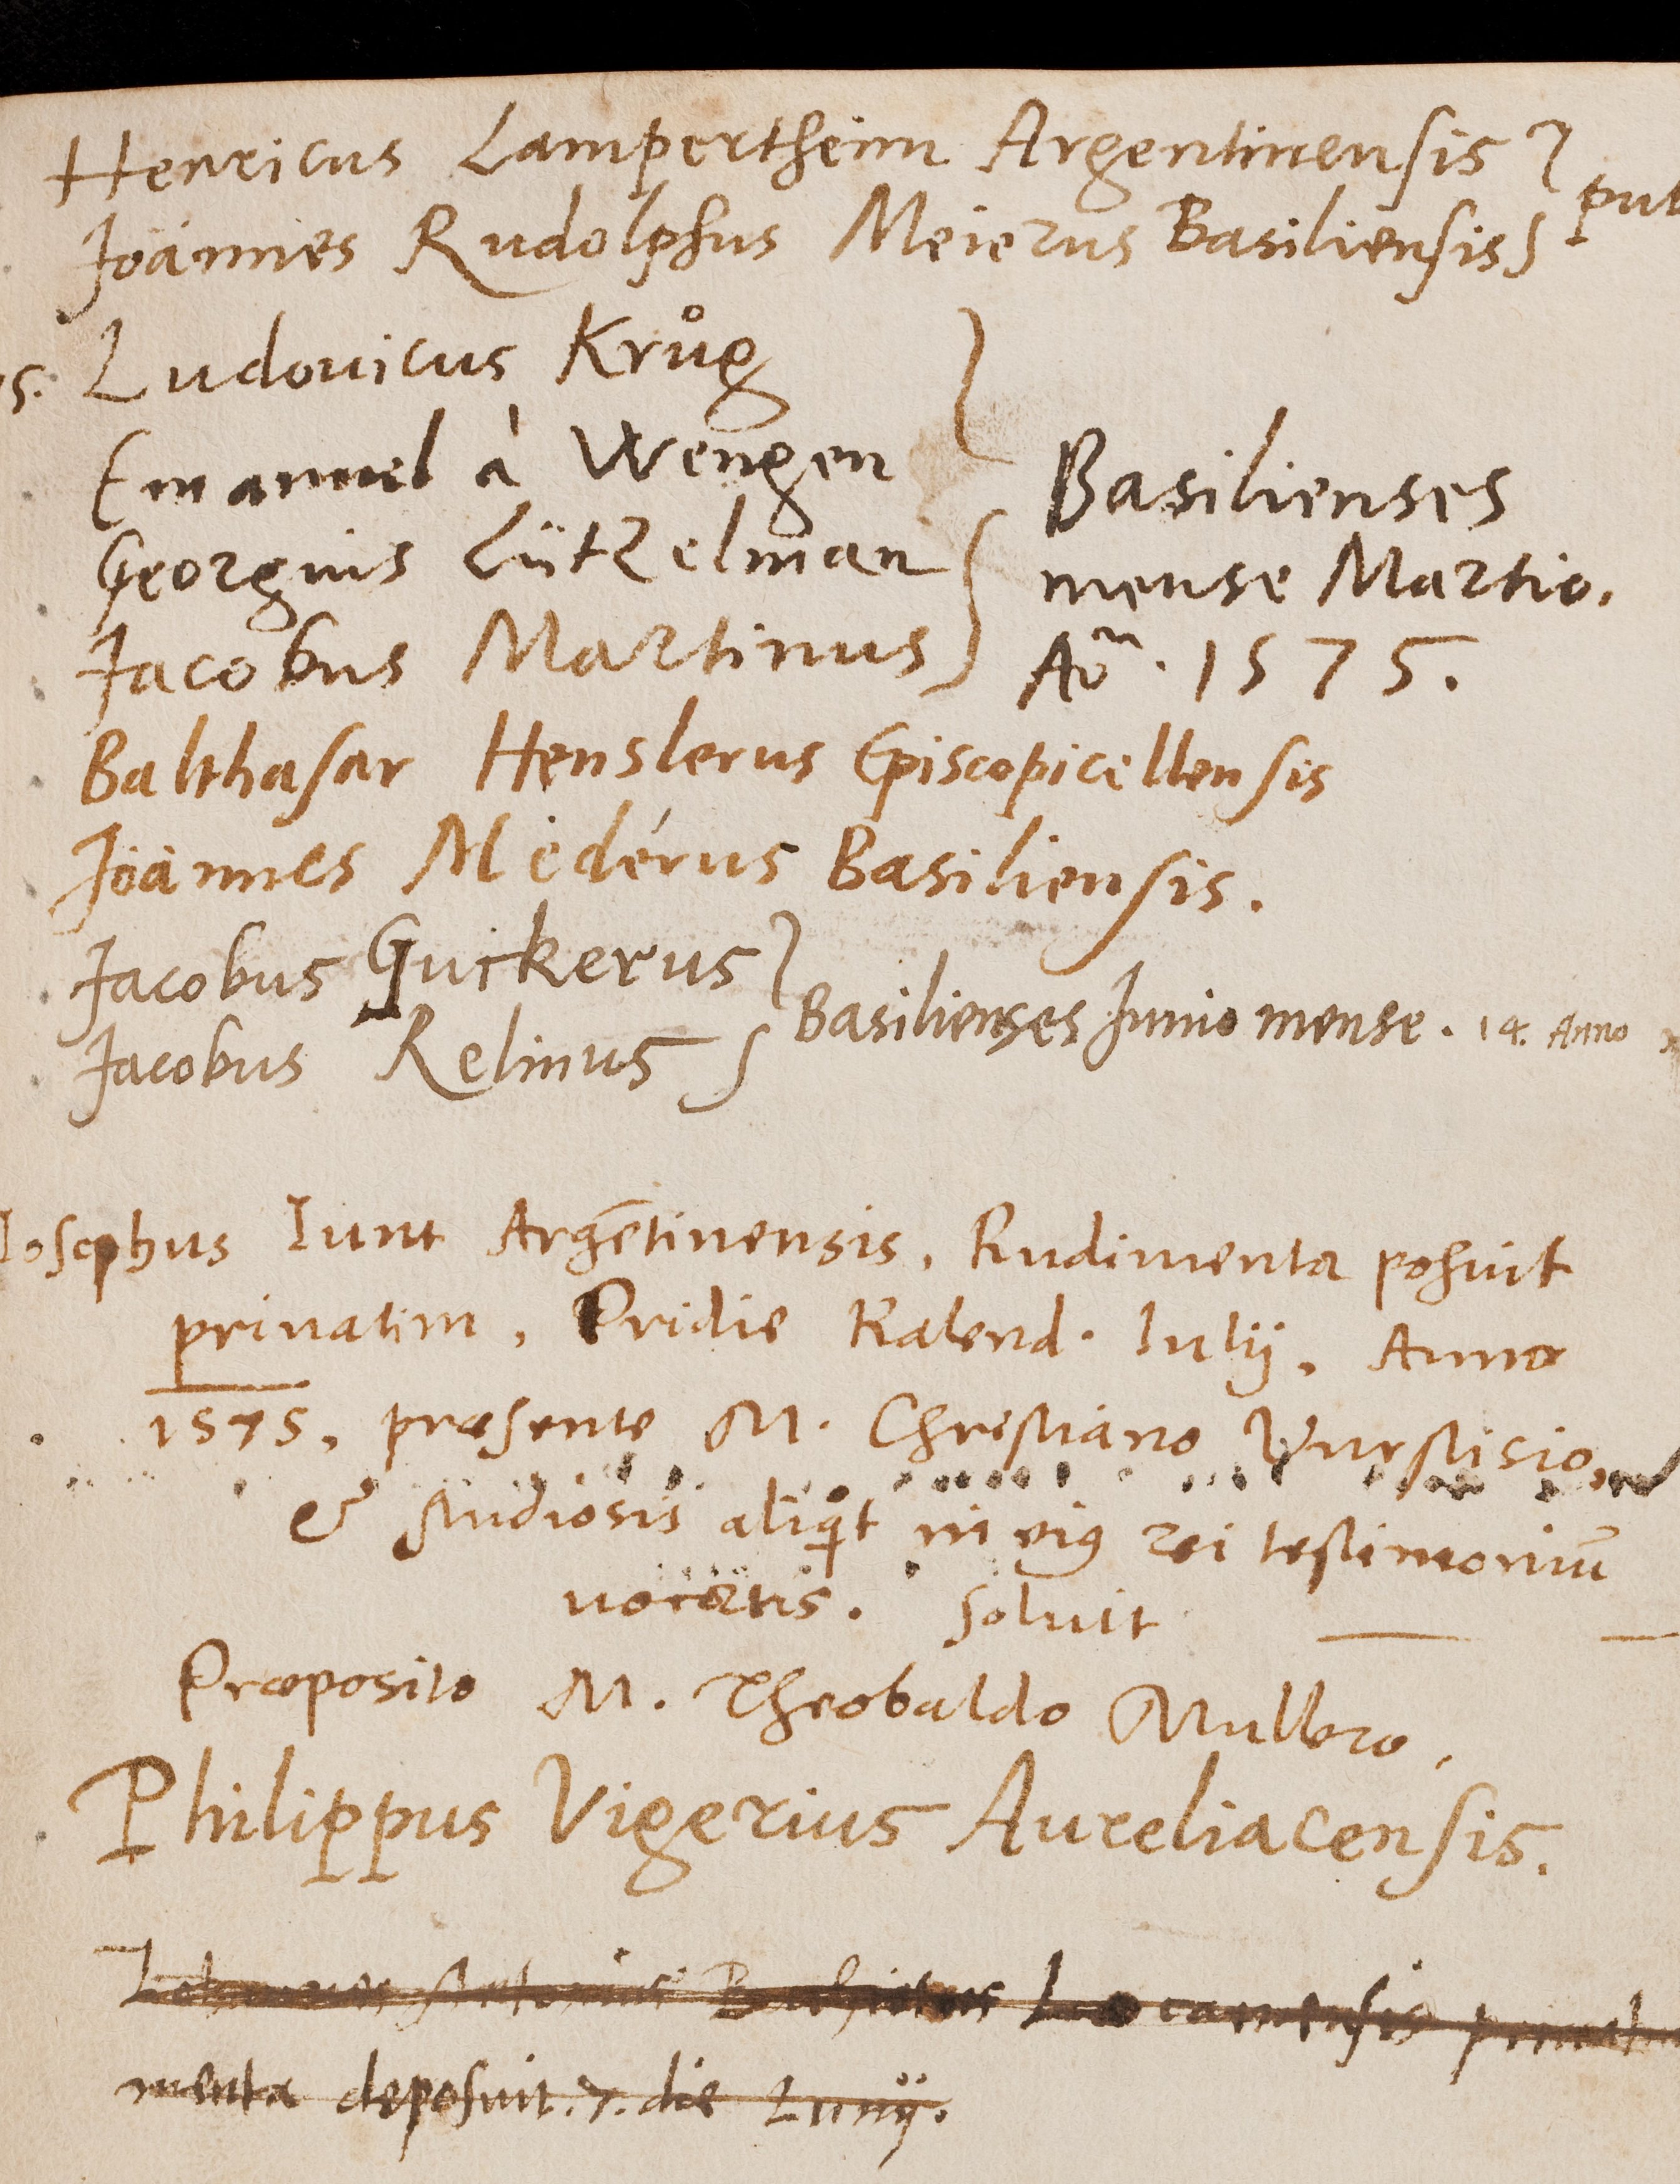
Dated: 1543–1672